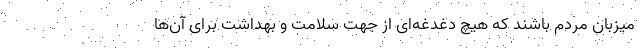
میزبان مردم باشند که هیچ دغدغه‌ای از جهت سلامت و بهداشت برای آن‌ها